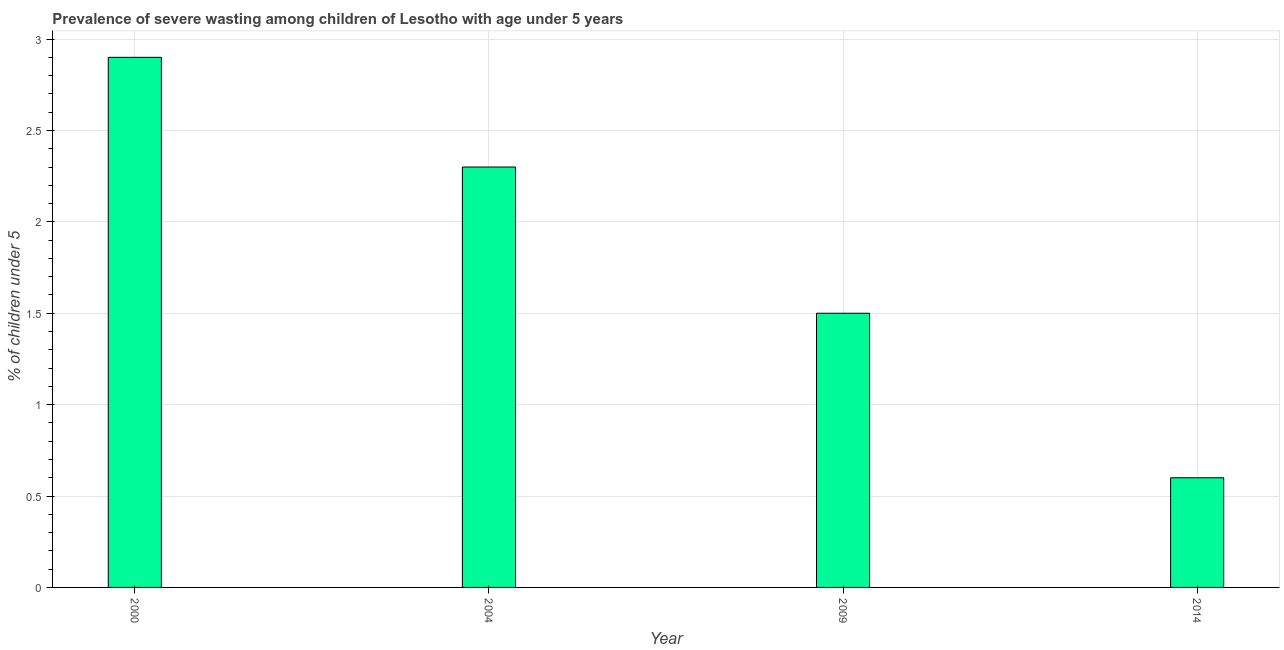
| Year | Prevalence of severe wasting |
 | --- | --- |
 | 2000 | 2.9 |
 | 2004 | 2.3 |
 | 2009 | 1.5 |
 | 2014 | 0.6 |